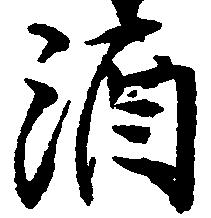
酒